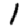
Digit: 1